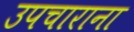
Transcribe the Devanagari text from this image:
उपचाराना